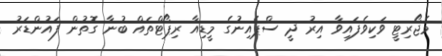
މެޖޯރިޓީ ވަކިވެފައިވާ އިރު ދީ ސްޕެއިނުގެ މީޑިއާ ރިޕޯޓްތައް ބުނާ ގޮތުން ފައުންޑަރު